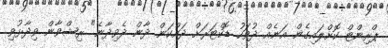
ޕްރިންޓް ކޮށްލައިގެން އަނެއް ދުވަހު ޑޮކްޓަރަށް ދައްކަން ދާން ދެވިދާނެ" ރިޝްވާން ވިދާޅުވި